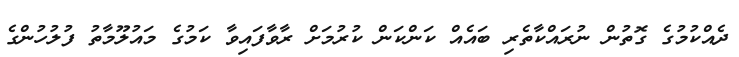
ދެއްކުމުގެ ގޮތުން ނުރައްކާތެރި ބައެެއް ކަންކަން ކުރުމަށް ރާވާފައިވާ ކަމުގެ މައުލޫމާތު ފުލުހުންގެ